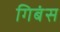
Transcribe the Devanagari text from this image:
गिबंस